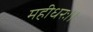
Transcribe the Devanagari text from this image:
महीधरः।।